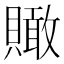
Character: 𧸂